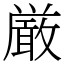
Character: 厳